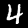
Label: 4